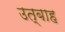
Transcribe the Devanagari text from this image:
उत्बाह